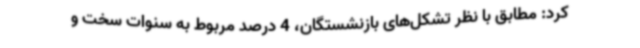
کرد: مطابق با نظر تشکل‌های بازنشستگان، 4 درصد مربوط به سنوات سخت و